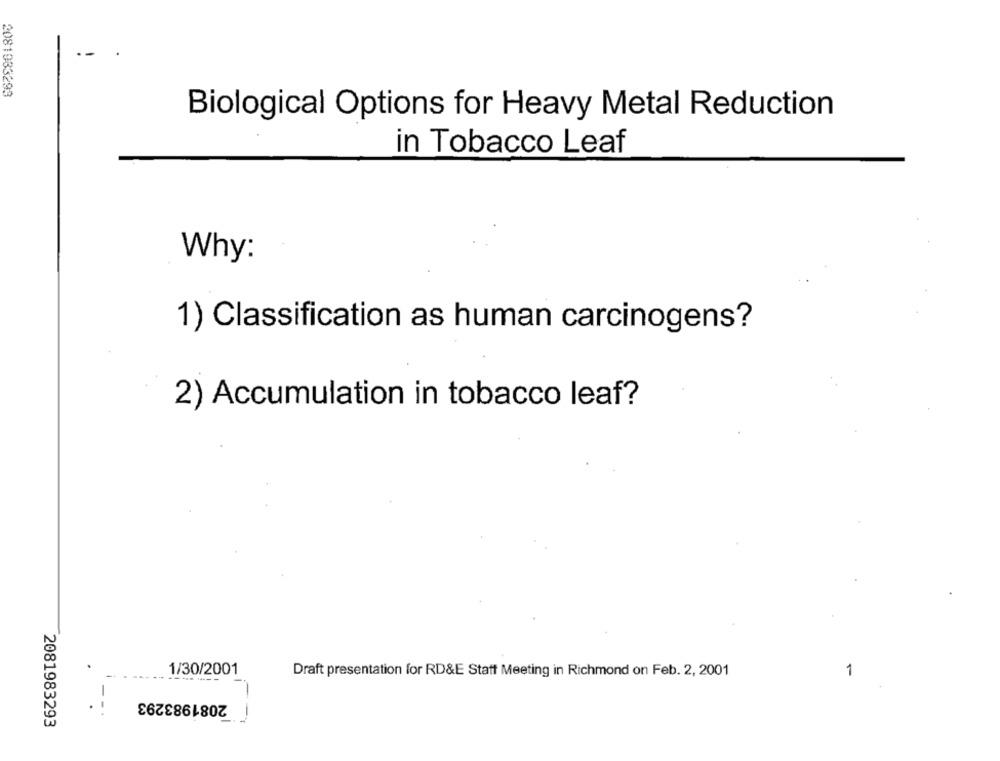
--
2081933293
Biological Options for Heavy Metal Reduction
in Tobacco Leaf
Why:
1) Classification as human carcinogens?
2) Accumulation in tobacco leaf?
1/30/2001
Draft presentation for RD&E Statt Meeting in Richmond on Feb. 2, 2001
1
2081983293
2081983293